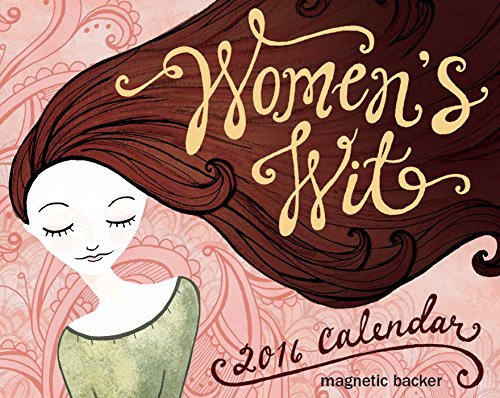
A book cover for Women's Wit 2016 Mini Day-to-Day Calendar; Andrews McMeel Publishing LLC; Calendars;